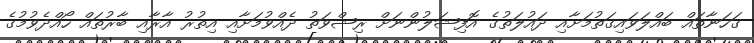
ގަހަނާތައް ބައްލަވައިގަތުމަށާއި ދައުލަތުގެ އޮފިޝަލުންނަށް ރިޝްވަތު ދެއްވުމަށާއި އިތުރު އާރާއި ބާރުތައް ހޯއްދެވުމުގެ